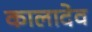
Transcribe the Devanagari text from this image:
कालादेव